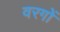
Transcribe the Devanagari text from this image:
वरगों